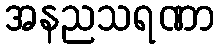
အနညသရဏာ